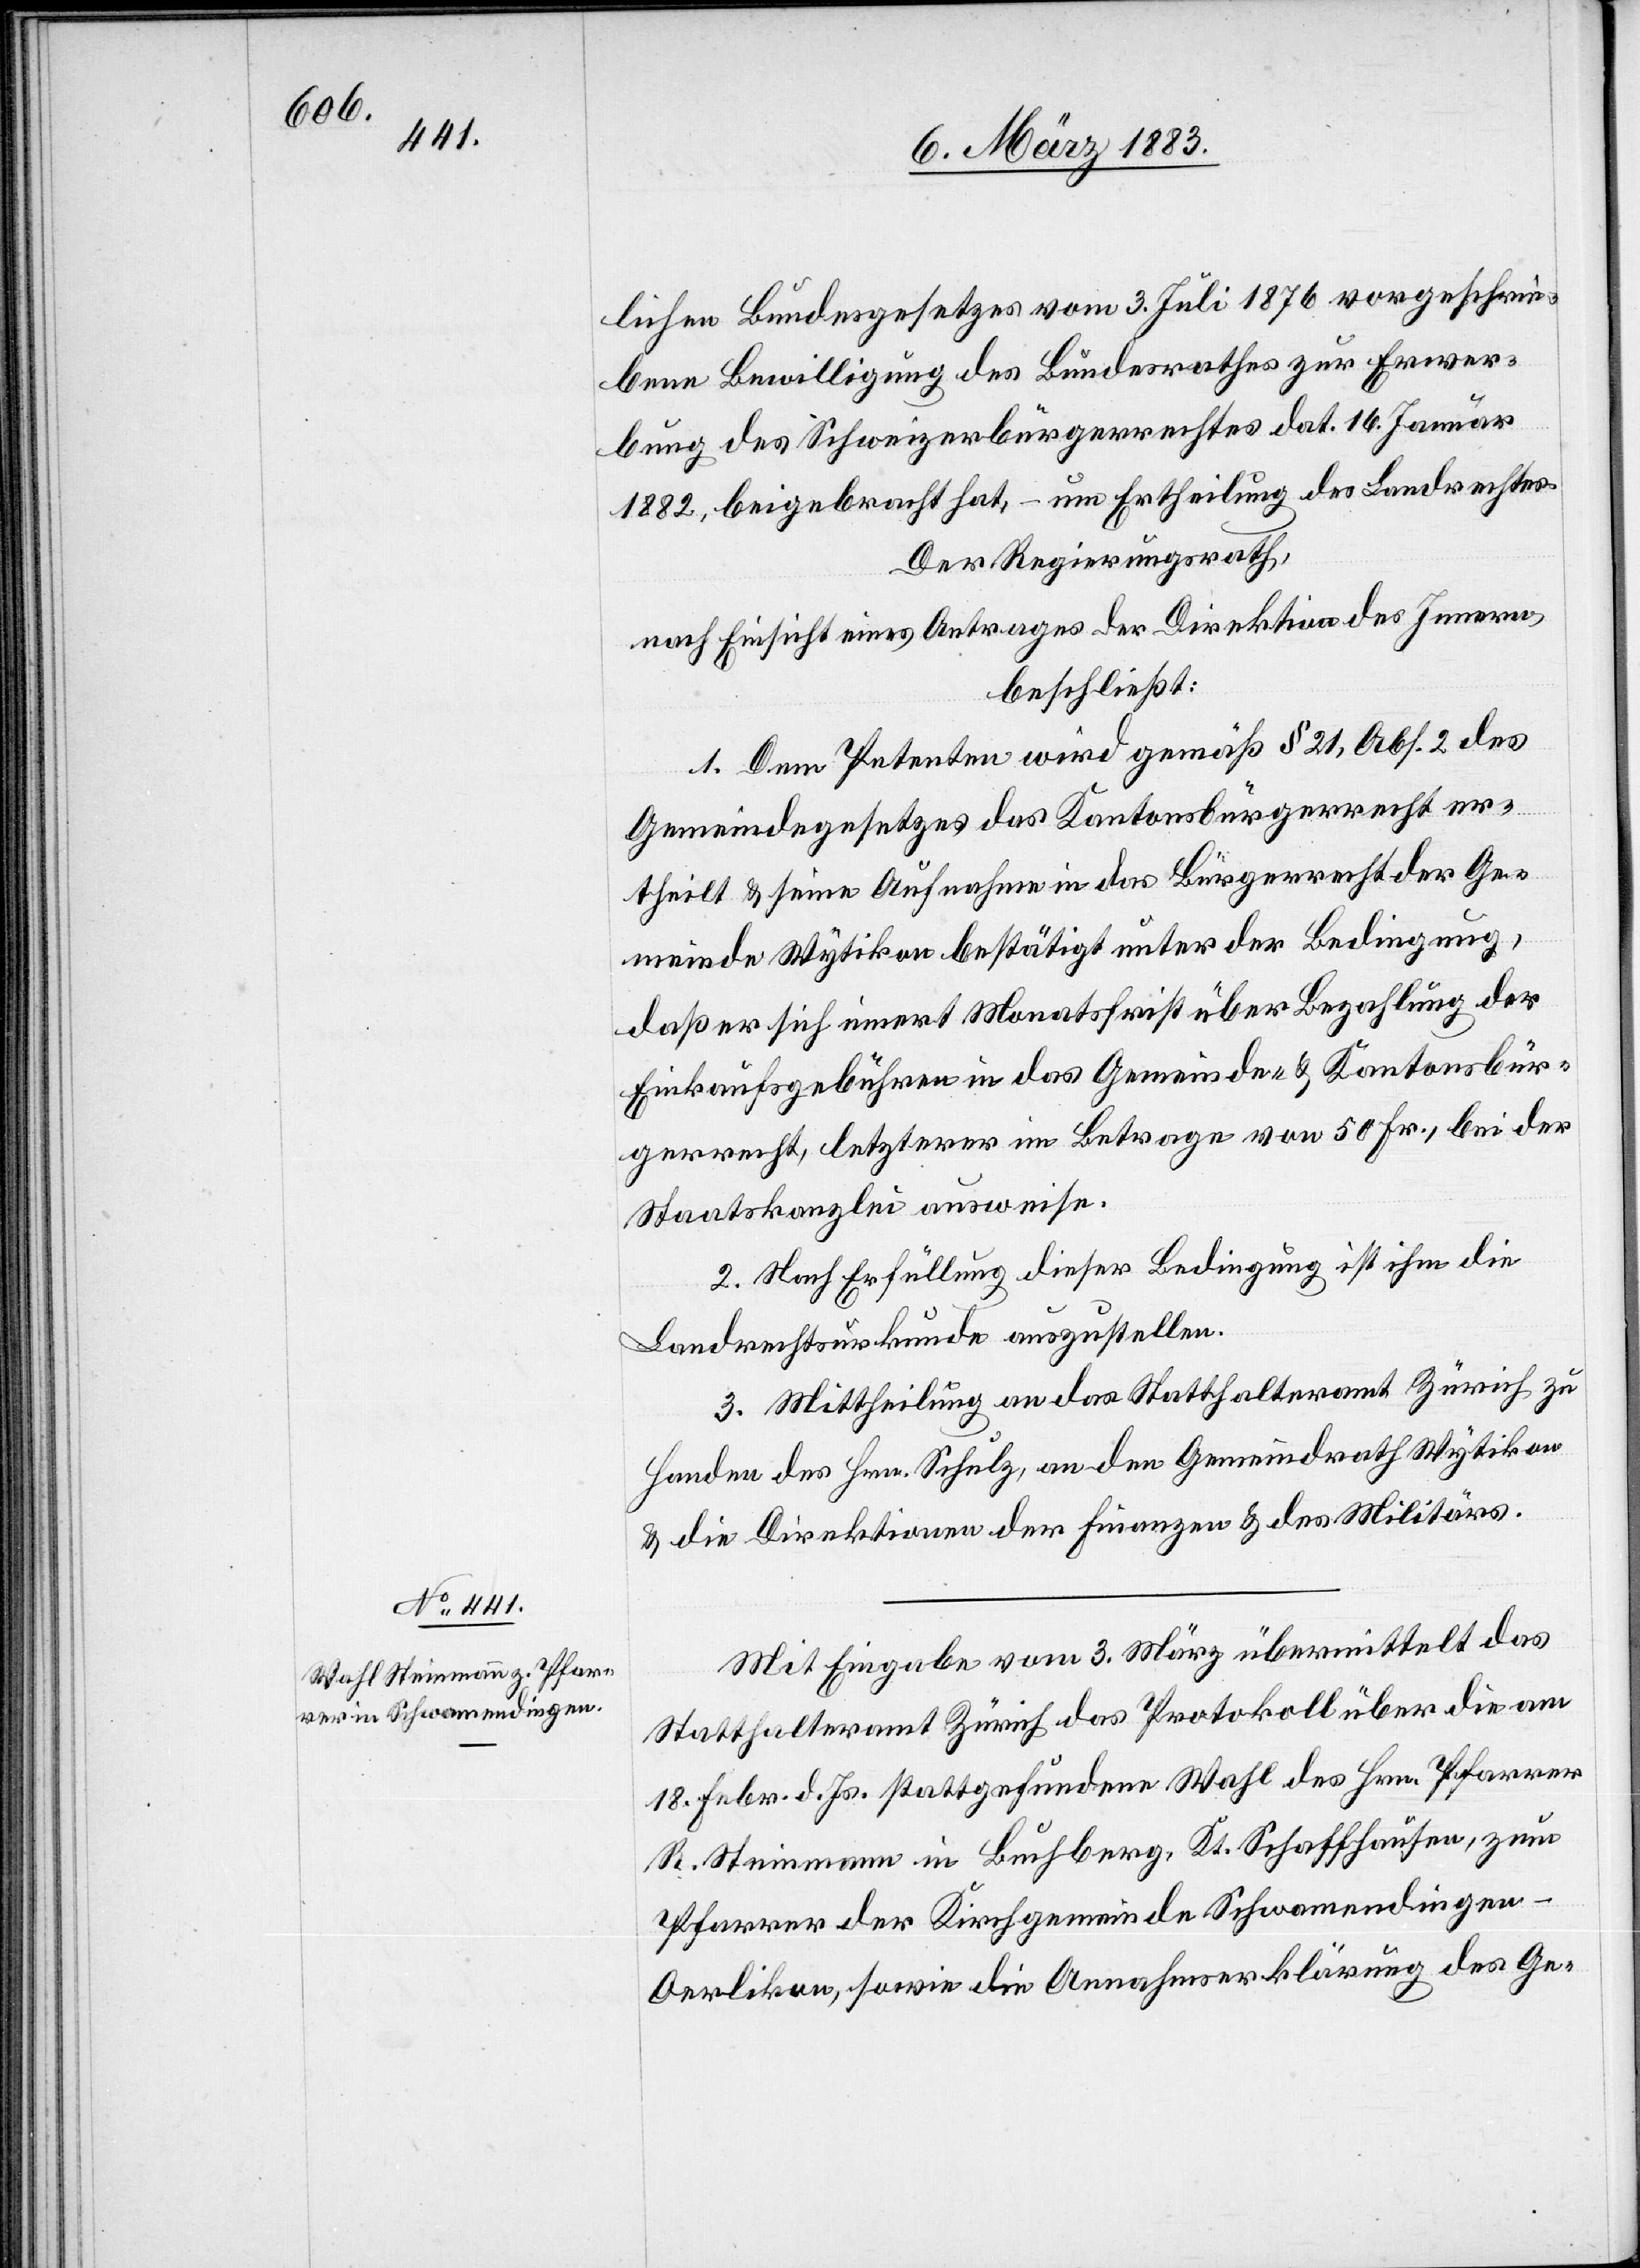
lichen Bundesgesetzes vom 3. Juli 1876 vorgeschrie¬
bene Bewilligung des Bundesrathes zur Erwer¬
bung des Schweizerbürgerrechtes dat. 16. Januar
1882, beigebracht hat, – um Ertheilung des Landrechtes.
Der Regierungsrath,
nach Einsicht eines Antrages der Direktion des Innern,
beschließt:
1. Dem Petenten wird gemäß § 21, Abs. 2 des
Gemeindegesetzes das Kantonsbürgerrecht er¬
theilt & seine Aufnahme in das Bürgerrecht der Ge¬
meinde Wytikon bestätigt unter der Bedingung,
daß er sich innert Monatsfrist über Bezahlung der
Einkaufsgebühren in das Gemeinde- & Kantonsbür¬
gerrecht, letzterer im Betrage von 50 Fr., bei der
Staatskanzlei ausweise.
2. Nach Erfüllung dieser Bedingung ist ihm die
Landrechtsurkunde auszustellen.
3. Mittheilung an das Statthalteramt Zürich zu
Handen des Hrn. Schulz, an den Gemeindrath Wytikon
& die Direktionen der Finanzen & des Militärs.
Mit Eingabe vom 3. März übermittelt das
Statthalteramt Zürich das Protokoll über die am
18. Febr. d. Js. stattgefundene Wahl des Hrn. Pfarrer
R. Steinmann in Buchberg, Kt. Schaffhausen, zum
Pfarrer der Kirchgemeinde Schwamendingen-O¬
erlikon, sowie die Annahmserklärung des Ge-